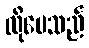
လိုပေသည်